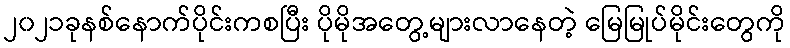
၂၀၂၁ခုနစ်နောက်ပိုင်းကစပြီး ပိုမိုအတွေ့များလာနေတဲ့ မြေမြုပ်မိုင်းတွေကို